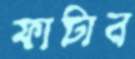
ফাটান